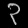
Digit: ၃